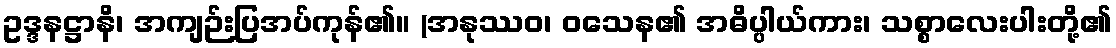
ဥဒ္ဒနဋ္ဌာနိ၊ အကျဉ်းပြအပ်ကုန်၏။ (အနုဿဝ၊ ဝသေန၏ အဓိပ္ပါယ်ကား၊ သစ္စာလေးပါးတို့၏